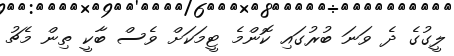
ލީގުގެ ދެ ވަނަ ބުރުގައި ކޮންމެ ޓީމަކަށް ވެސް ބާކީ ތިން މެޗު